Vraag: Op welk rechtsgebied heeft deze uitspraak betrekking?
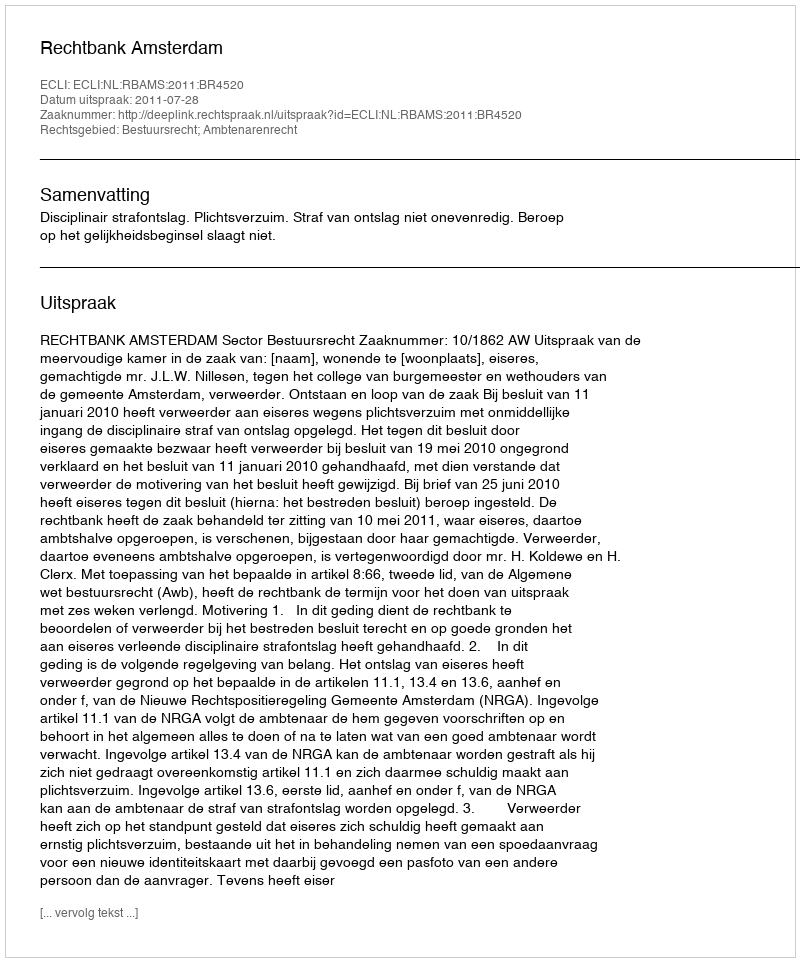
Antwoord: Bestuursrecht; Ambtenarenrecht